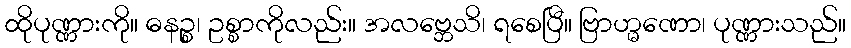
ထိုပုဏ္ဏားကို။ ဓနဉ္စ၊ ဥစ္စာကိုလည်း။ အလဗ္ဘေသိ၊ ရစေပြီ။ ဗြာဟ္မဏော၊ ပုဏ္ဏားသည်။